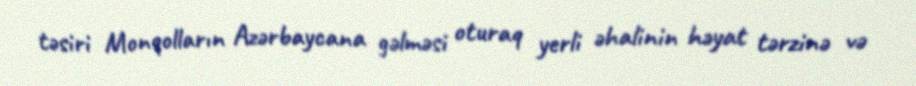
təsiri Monqolların Azərbaycana gəlməsi oturaq yerli əhalinin həyat tərzinə və